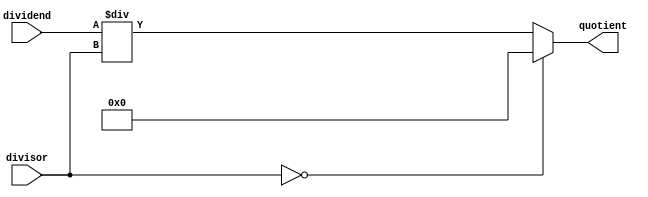
module AsyncDivider (
    input [31:0] dividend,
    input [31:0] divisor,
    output reg [31:0] quotient
);

// Check for division by zero
always @* begin
    if (divisor == 0)
        quotient <= 32'd0; // Set quotient to zero if divisor is zero
    else
        quotient <= dividend / divisor; // Perform division operation
end

endmodule